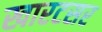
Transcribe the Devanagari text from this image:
खारटसर